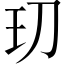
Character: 𭸵